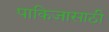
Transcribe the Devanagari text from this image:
पाकिजासाठी